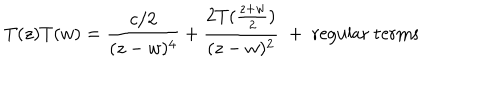
T ( z ) T ( w ) = \frac { c / 2 } { ( z - w ) ^ { 4 } } + \frac { 2 T ( \frac { z + w } { 2 } ) } { ( z - w ) ^ { 2 } } \; + \; \mathrm { r e g u l a r ~ t e r m s }